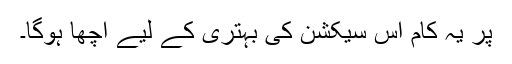
پر یہ کام اس سیکشن کی بہتری کے لیے اچھا ہوگا۔